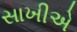
સાખીએ